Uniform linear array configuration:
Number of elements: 64
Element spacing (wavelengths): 0.5
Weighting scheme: kaiser
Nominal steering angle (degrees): -60
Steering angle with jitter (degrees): -60.284
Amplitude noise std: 0.05
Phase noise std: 0.05

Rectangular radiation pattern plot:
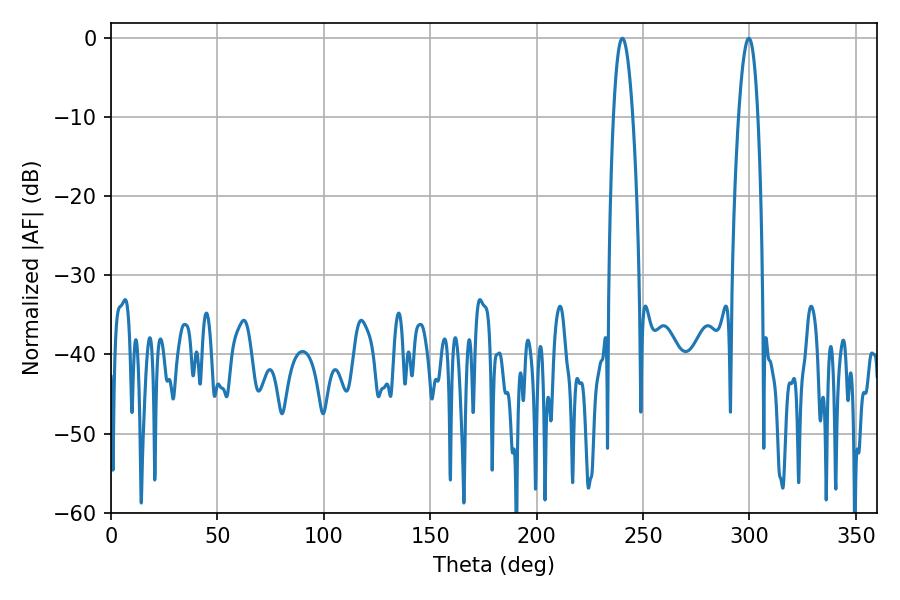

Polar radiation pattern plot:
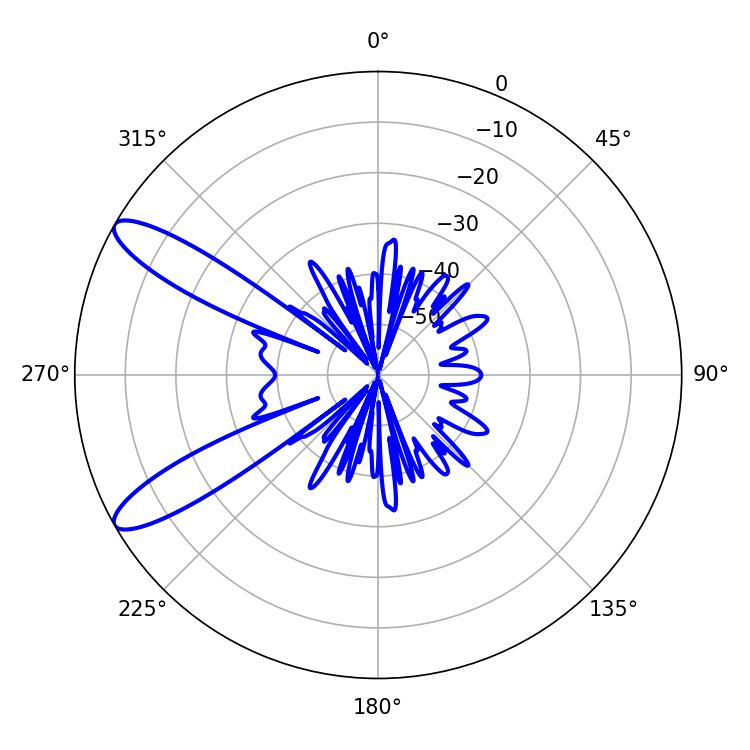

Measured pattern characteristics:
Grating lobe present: FALSE
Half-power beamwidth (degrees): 4.86
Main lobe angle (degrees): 240.3